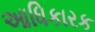
આધિકારક